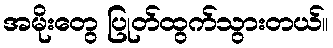
အမိုးတွေ ပြုတ်ထွက်သွားတယ်။